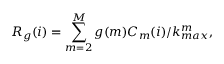
R _ { g } ( i ) = \sum _ { m = 2 } ^ { M } g ( m ) C _ { m } ( i ) / k _ { m a x } ^ { m } ,